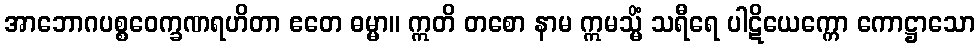
အာဘောဂပစ္စဝေက္ခဏရဟိတာ ဧတေ ဓမ္မာ။ ဣတိ တစော နာမ ဣမသ္မိံ သရီရေ ပါဋိယေက္ကော ကောဋ္ဌာသော